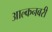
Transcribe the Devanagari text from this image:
आल्कनबरी